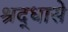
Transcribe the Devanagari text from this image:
श्रद्धासे